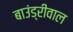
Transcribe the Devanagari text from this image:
बाउंड्रीवाल